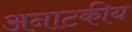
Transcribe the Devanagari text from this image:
अनाटकीय